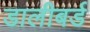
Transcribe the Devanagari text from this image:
डालीबर्ड